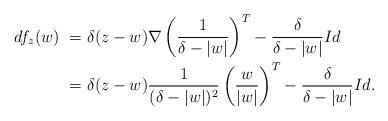
LaTeX: \begin{align*}df_{z}(w) &~ = \delta (z-w) \nabla\left(\frac{1}{\delta-|w|}\right)^{T} - \frac{\delta}{\delta -|w|} Id \crcr&~ = \delta (z-w) \frac{1}{(\delta - |w|)^{2}} \left(\frac{w}{|w|}\right)^{T} - \frac{\delta}{\delta -|w|} Id. \end{align*}